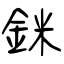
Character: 銤